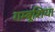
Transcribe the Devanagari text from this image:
गम्बूशिया